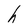
Character: h